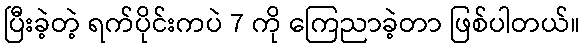
ပြီးခဲ့တဲ့ ရက်ပိုင်းကပဲ 7 ကို ကြေညာခဲ့တာ ဖြစ်ပါတယ်။